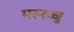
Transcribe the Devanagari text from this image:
मरूरज्जु